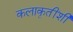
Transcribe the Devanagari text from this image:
कलाकृतींशी